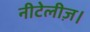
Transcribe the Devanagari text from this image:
नीटेलीज़।